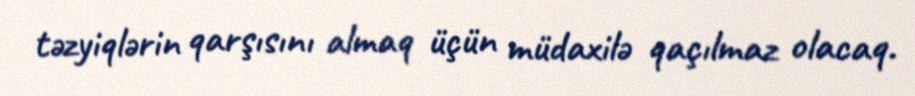
təzyiqlərin qarşısını almaq üçün müdaxilə qaçılmaz olacaq.